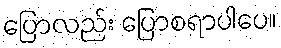
ပြောလည်း ပြောစရာပါပေ။